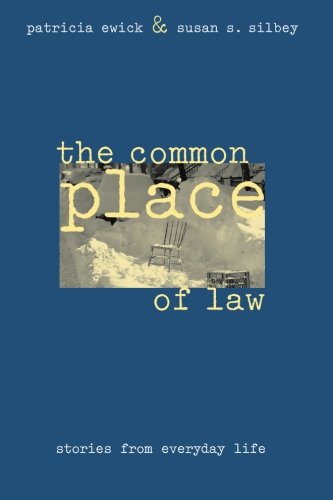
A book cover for The Common Place of Law: Stories from Everyday Life (Chicago Series in Law and Society); Patricia Ewick; Law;